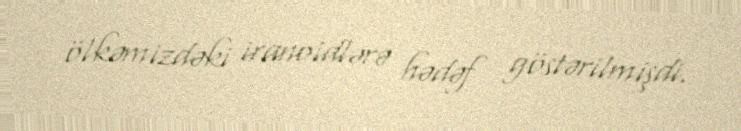
ölkəmizdəki iranoidlərə hədəf göstərilmişdi.